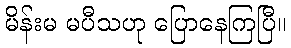
မိန်းမ မပီသဟု ပြောနေကြပြီ။